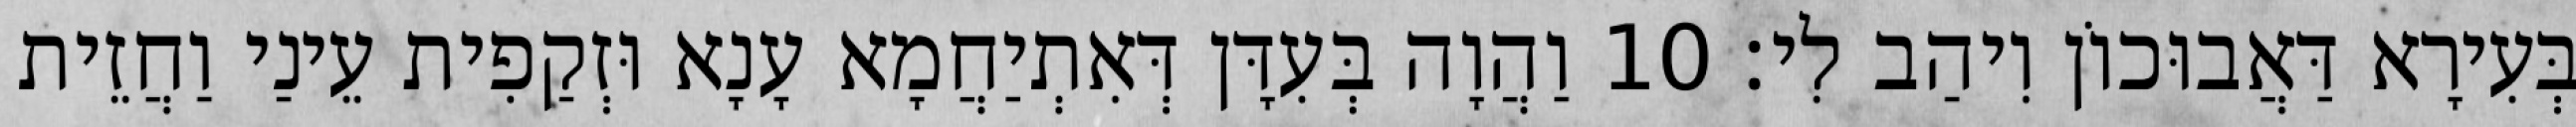
בְּעִירָא דַּאֲבוּכוֹן וִיהַב לִי׃ 10 וַהֲוָה בְּעִדָּן דְּאִתְיַחֲמָא עָנָא וּזְקַפִית עֵינַי וַחֲזֵית